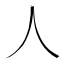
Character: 人